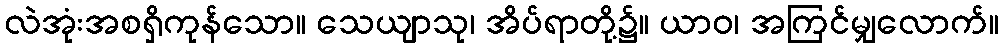
လဲအုံးအစရှိကုန်သော။ သေယျာသု၊ အိပ်ရာတို့၌။ ယာဝ၊ အကြင်မျှလောက်။